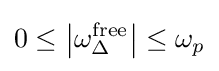
0\leq \left|\omega _{\Delta }^{\text{free}}\right|\leq \omega _{p}